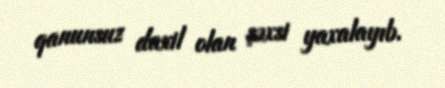
qanunsuz daxil olan şəxsi yaxalayıb.